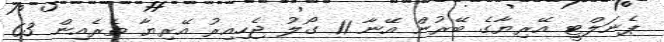
ޕެނަލްޓީ އޭރިޔާގެ ބޭރުން އޭނާ 11 ގޯލު ޖެހިއިރު އޭރިޔާ ތެރެއިން 63